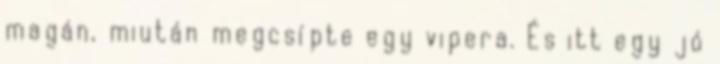
magán, miután megcsípte egy vipera. És itt egy jó